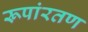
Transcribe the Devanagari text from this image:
रूपांरतण